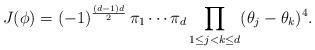
LaTeX: \begin{align*}J(\phi)=(-1)^{\frac{(d-1)d}{2}}\,\pi_1\cdots\pi_d \prod_{1\le j<k\le d}(\theta_j-\theta_k)^4. \end{align*}